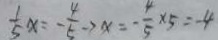
\frac { 1 } { 5 } x = - \frac { 4 } { 5 } \rightarrow x = - \frac { 4 } { 5 } \times 5 = - 4